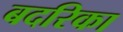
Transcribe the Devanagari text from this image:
बदरिका